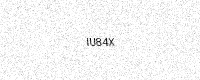
Text: IU84X